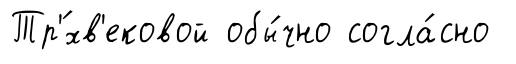
Тр'́хв'ековой обы́чно согла́сно